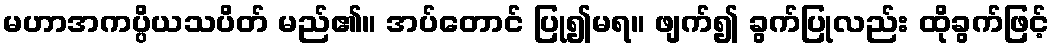
မဟာအကပ္ပိယသပိတ် မည်၏။ အပ်တောင် ပြု၍မရ။ ဖျက်၍ ခွက်ပြုလည်း ထိုခွက်ဖြင့်